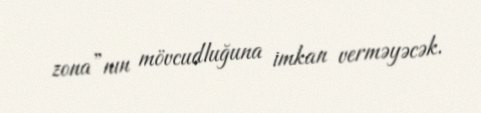
zona”nın mövcudluğuna imkan verməyəcək.